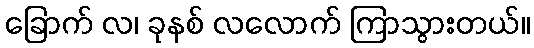
ခြောက် လ၊ ခုနစ် လလောက် ကြာသွားတယ်။